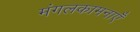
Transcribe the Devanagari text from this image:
मंगलकामनाएँ